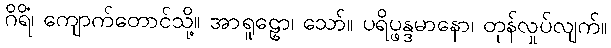
ဂိရိံ၊ ကျောက်တောင်သို့။ အာရူဠှော၊ သော်။ ပရိပ္ဖန္ဒမာနော၊ တုန်လှုပ်လျက်။